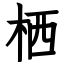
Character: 栖